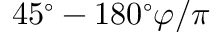
4 5 ^ { \circ } - 1 8 0 ^ { \circ } \varphi / \pi